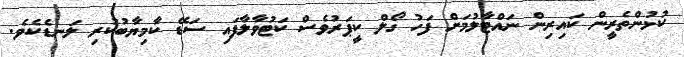
ކުޅުންތެރީން ކައިރިން ނައްޓާލުމަށް ފަހު ގޯލް ކީޕަރުވެސް ކަޓުވާލާފައި ސަޑޭ ކާމިޔާބުކުރި ލަނޑެކެވެ.